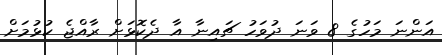
އަންނަ މަހުގެ 8 ވަނަ ދުވަހު ޗައިނާ އާ ދެކޮޅަށް ރާއްޖެ ކުޅުމަށް